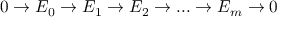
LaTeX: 0 \rightarrow E _ { 0 } \rightarrow E _ { 1 } \rightarrow E _ { 2 } \rightarrow . . . \rightarrow E _ { m } \rightarrow 0